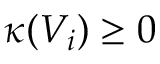
\kappa ( V _ { i } ) \ge 0